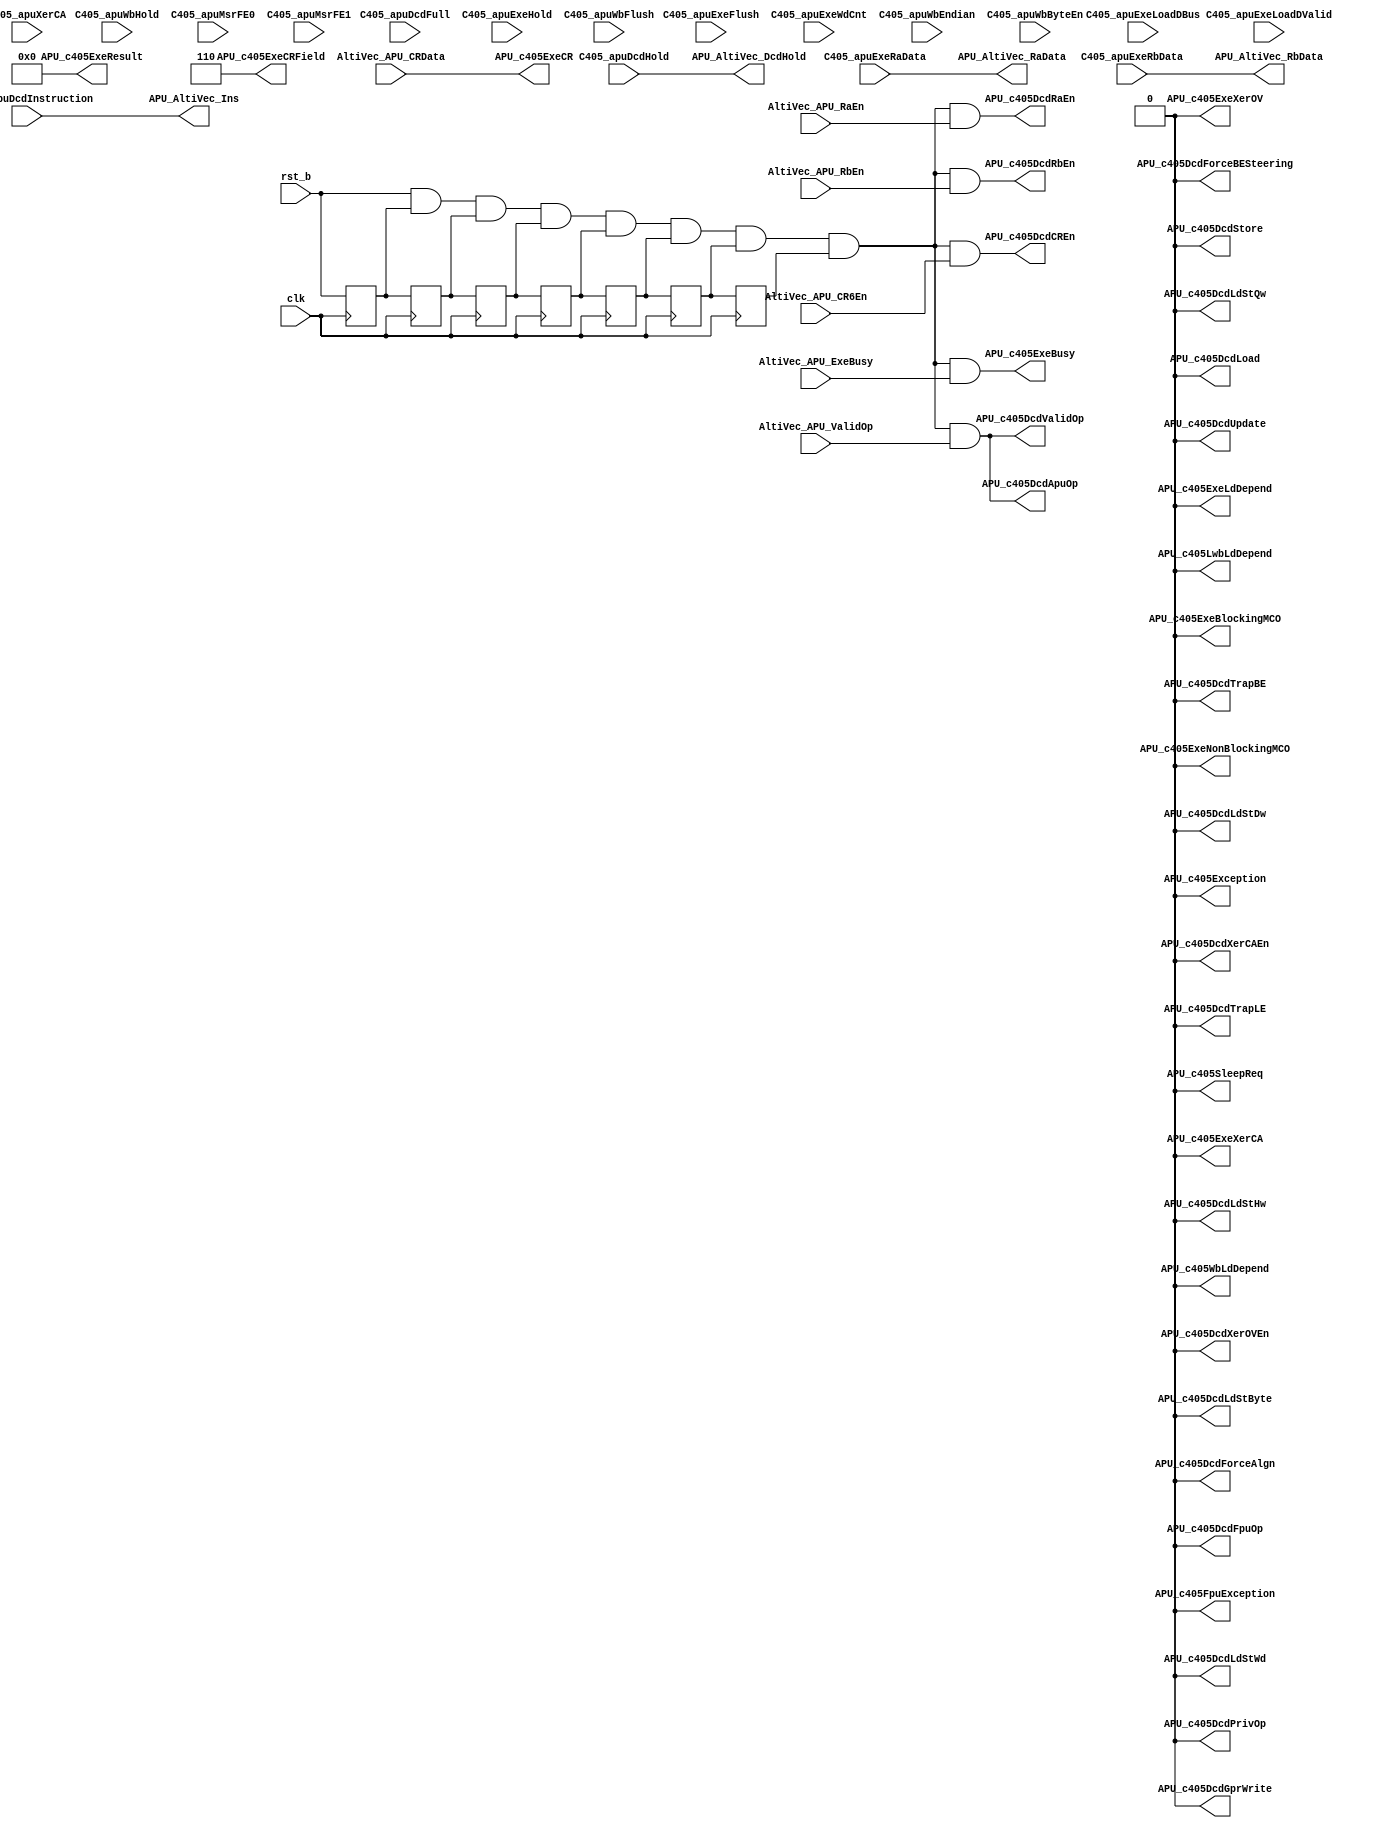
//===============================================================================
//  File Revision   : 4.0
//  History         : Rev1.0 cuiluping 2014/03/11
//                    Rev2.0 cuiluping 2014/03/26
//                    Rev3.0 cuiluping 2014/04/02
//                    Rev4.0 wangjie   2014/09/10
//  ----------------------------------------------------------------------------
//  Description     : APU controller between p405s and Altivec
//                    Rev2.0 add new signal:APU_AltiVec_DcdHold_r.
//                    Rev3.0 remove APU_AltiVec_DcdHold_r.
//  Function        :
//  ----------------------------------------------------------------------------
// Copyright (c) 2014,Tianjin University.
//               No.92 Weijin Road , Nankai District, Tianjin, 300072, China
// Tianjin University Confidential Proprietary
//===============================================================================

module p405s_apu_shell(
                 clk,
                 rst_b,
                 C405_apuDcdInstruction,
                 C405_apuDcdFull,
                 C405_apuDcdHold,
                 C405_apuExeHold,
                 C405_apuExeFlush,
                 C405_apuExeWdCnt,
                 C405_apuExeRaData,
                 C405_apuExeRbData,
                 C405_apuXerCA,
                 C405_apuWbHold,
                 C405_apuWbFlush,
                 C405_apuWbEndian,
                 C405_apuWbByteEn,
                 C405_apuExeLoadDBus,
                 C405_apuExeLoadDValid,
                 C405_apuMsrFE0,
                 C405_apuMsrFE1,
                 AltiVec_APU_ValidOp,
                 AltiVec_APU_ExeBusy,
                 AltiVec_APU_RaEn,
                 AltiVec_APU_RbEn,
                 AltiVec_APU_CR6En,
                 AltiVec_APU_CRData,

                 APU_c405DcdValidOp,
                 APU_c405DcdApuOp,
                 APU_c405DcdFpuOp,
                 APU_c405DcdPrivOp,
                 APU_c405DcdGprWrite,
                 APU_c405DcdRaEn,
                 APU_c405DcdRbEn,
                 APU_c405DcdXerOVEn,
                 APU_c405DcdXerCAEn,
                 APU_c405DcdCREn,
                 APU_c405ExeCRField,
                 APU_c405DcdForceAlgn,
                 APU_c405DcdLoad,
                 APU_c405DcdStore,
                 APU_c405DcdUpdate,
                 APU_c405DcdLdStByte,
                 APU_c405DcdLdStHw,
                 APU_c405DcdLdStWd,
                 APU_c405DcdLdStDw,
                 APU_c405DcdLdStQw,
                 APU_c405DcdTrapBE,
                 APU_c405DcdTrapLE,
                 APU_c405DcdForceBESteering,
                 APU_c405ExeLdDepend,
                 APU_c405WbLdDepend,
                 APU_c405LwbLdDepend,
                 APU_c405ExeBlockingMCO,
                 APU_c405ExeNonBlockingMCO,
                 APU_c405ExeBusy,
                 APU_c405ExeResult,
                 APU_c405ExeXerCA,
                 APU_c405ExeXerOV,
                 APU_c405ExeCR,
                 APU_c405Exception,
                 APU_c405FpuException,
                 APU_c405SleepReq,
                 // APU_AltiVec_cs,
                 APU_AltiVec_Ins,
                 APU_AltiVec_RaData,
                 APU_AltiVec_RbData,
                 APU_AltiVec_DcdHold
                 );

//----------------------------------------------------
//I/O declaration
//----------------------------------------------------
input            clk;
input            rst_b;
//----------------------------------------------------
//Interface with C405
//----------------------------------------------------
input    [0:31]  C405_apuDcdInstruction;    //Current instruction in decode
input            C405_apuDcdFull;           //Signals from Core ppc405
input            C405_apuDcdHold;           //When asserted instruction in DCD should not be execute stage 
input            C405_apuExeHold;           //When asserted an APU instruction in execute must hold in execute stage
input            C405_apuExeFlush;          //When asserted execute stage must be flushed
input    [0: 1]  C405_apuExeWdCnt;          /*The count is decremented as each word transfer is passed through the pipeline. The instruction is held in EXE until the word count goes to zero
                                            ? 00 = Word or less
                                            ? 01 = double word
                                            ? 10 = triple word
                                            ? 11 = quad word, load/store. */    
input    [0:31]  C405_apuExeRaData;         //Data read from GPR file using RA field of instruction
input    [0:31]  C405_apuExeRbData;         //Data read from GPR file using RB field of instruction
input            C405_apuXerCA;             //This is the xerCA bit used for extended arithmetic
input            C405_apuWbHold;            //When asserted an APU instruction in write back must hold in write back stage
input            C405_apuWbFlush;           //When asserted write back stage must be flushed
input            C405_apuWbEndian;          //When asserted a load/store instruction in write back has true little Endian storage attribute
input    [0: 3]  C405_apuWbByteEn;          //Specifies the valid bytes for load instruction in write back stage
input    [0:31]  C405_apuExeLoadDBus;       //Data loaded from storage for the instruction in load write back
input            C405_apuExeLoadDValid;     //When asserted, the load data is valid on C405_apuExeLoadDBus(0:31)
input            C405_apuMsrFE0;            //This is the msrFE0 bit used for FPU exception
input            C405_apuMsrFE1;            //This is the msrFE1 bit used for FPU exception
input            AltiVec_APU_ValidOp;
input            AltiVec_APU_ExeBusy;
input            AltiVec_APU_RaEn;
input            AltiVec_APU_RbEn;
input            AltiVec_APU_CR6En;
input    [0: 3]  AltiVec_APU_CRData;

output           APU_c405DcdValidOp;        //When asserted, a valid APU instruction is in decode.
output           APU_c405DcdApuOp;          //When asserted, an APU instruction is in decode.
output           APU_c405DcdFpuOp;          //When asserted, an FPU instruction is in decode.
output           APU_c405DcdPrivOp;         //When asserted, the APU instruction in decode is privileged.
output           APU_c405DcdGprWrite;       //Indicates an APU result is to be placed in the GPR file.
output           APU_c405DcdRaEn;           //When asserted, an APU instruction is in decode read GPR file using RA field of instruction.
output           APU_c405DcdRbEn;           //When asserted, an APU instruction is in decode read GPR file using RB field of instruction.
output           APU_c405DcdXerOVEn;        //Indicates overflow is to be recorded from an APU.
output           APU_c405DcdXerCAEn;        //Indicates carry is to be recorded from an APU.
output           APU_c405DcdCREn;           //Indicates condition code is to be recorded from an APU.
output   [0: 2]  APU_c405ExeCRField;        //Specifies the CR field to be set by the APU instruction in decode stage.
output           APU_c405DcdForceAlgn;      //When asserted, forces an alignment for load/store
output           APU_c405DcdLoad;           //When asserted, the APU instruction in decode is a Load
output           APU_c405DcdStore;          //When asserted, the APU instruction in decode is a Store
output           APU_c405DcdUpdate;         //When asserted, the APU instruction in decode has an update form
output           APU_c405DcdLdStByte;       //When asserted, the APU instruction in decode is Load/Store byte
output           APU_c405DcdLdStHw;         //When asserted, the APU instruction in decode is Load/Store halfword
output           APU_c405DcdLdStWd;         //When asserted, the APU instruction in decode is Load/Store Word
output           APU_c405DcdLdStDw;         //When asserted, the APU instruction in decode is Load/Store doubleword
output           APU_c405DcdLdStQw;         //When asserted, the APU instruction in decode is Load/Store quadword
output           APU_c405DcdTrapBE;         //When asserted, the APU/FPU load/store instruction in decode will take alignment exception if the storage Endian attribute is 0
output           APU_c405DcdTrapLE;         //When asserted, the APU/FPU load/store instruction in decode will take alignment exception if the storage Endian attribute is 1
output           APU_c405DcdForceBESteering;//When asserted, the APU/FPU load/store instruction in decode will force Big Endian steering
output           APU_c405ExeLdDepend;       //When asserted the APU instruction in decode has a dependency on APU load instruction in execute stage
output           APU_c405WbLdDepend;        //When asserted the APU instruction in decode has a dependency on APU load instruction in write back stage
output           APU_c405LwbLdDepend;       //When asserted the APU instruction in decode has a dependency on APU load instruction in load write back stage
output           APU_c405ExeBlockingMCO;    //When asserted, holds CPU pipe and is noninterruptible after 1st cycle
output           APU_c405ExeNonBlockingMCO; //When asserted, holds CPU pipe and is interruptible at any time
output           APU_c405ExeBusy;           //When asserted, APU is busy with an AMCO and cannot receive additional instructions
output   [0:31]  APU_c405ExeResult;         //Result or store data from APU
output           APU_c405ExeXerCA;          //Carry bit from APU/FPU to XER
output           APU_c405ExeXerOV;          //Overflow bit from APU
output   [0: 3]  APU_c405ExeCR;             //APU condition code as a result of APU instruction in execute
output           APU_c405Exception;         //When asserted, and if enabled, generates program exception (vctr 0x0700)
output           APU_c405FpuException;      //When asserted, and if enabled, generates program exception (vctr 0x0700)
output           APU_c405SleepReq;          //0 = no sleep req, 1 = sleep req. Must bea 1 for CPU to sleep
//----------------------------------------------------
//Interface with AltiVecUnit
//----------------------------------------------------
// output           APU_AltiVec_cs;
output   [0:31]  APU_AltiVec_Ins;
output   [0:31]  APU_AltiVec_RaData;
output   [0:31]  APU_AltiVec_RbData;
output           APU_AltiVec_DcdHold;

//----------------------------------------------------
//Internal signals defination
//----------------------------------------------------
wire             rst_b_w;
reg              rst_b_r0;
reg              rst_b_r1;
reg              rst_b_r2;
reg              rst_b_r3;
reg              rst_b_r4;
reg              rst_b_r5;
reg              rst_b_r6;
reg              AltiVec_APU_CR6En_r;//register AltiVec_APU_CR6En signal

// reg      [0:31]  C405_apuDcdInstruction_reg;
// reg              C405_apuDcdHold_reg;
// reg      [0:31]  C405_apuExeRaData_reg;
// reg      [0:31]  C405_apuExeRbData_reg;

// always @ ( posedge clk )
// begin
  // C405_apuDcdInstruction_reg <= C405_apuDcdInstruction;
  // C405_apuDcdHold_reg        <= C405_apuDcdHold;
  // C405_apuExeRaData_reg      <= C405_apuExeRaData;
  // C405_apuExeRbData_reg      <= C405_apuExeRbData;
// end

always @ ( posedge clk or negedge rst_b )
begin
  if ( !rst_b )
  begin
    AltiVec_APU_CR6En_r <= 1'b0;
  end
  else if ( C405_apuDcdHold )
  begin
    AltiVec_APU_CR6En_r <= 1'b0;
  end
  else
  begin
    AltiVec_APU_CR6En_r <= AltiVec_APU_CR6En;
  end
end

always @ (posedge clk )
begin
  rst_b_r0 <= rst_b;
  rst_b_r1 <= rst_b_r0;
  rst_b_r2 <= rst_b_r1;
  rst_b_r3 <= rst_b_r2;
  rst_b_r4 <= rst_b_r3;
  rst_b_r5 <= rst_b_r4;
  rst_b_r6 <= rst_b_r5;
end

assign rst_b_w = rst_b & rst_b_r0 & rst_b_r1 & rst_b_r2 & rst_b_r3 & rst_b_r4 & rst_b_r5 & rst_b_r6;
//----------------------------------------------------
// Tied Default value to APU_c405* signals
// are not used for the time being
//----------------------------------------------------
assign APU_c405DcdValidOp         = ( rst_b_w ) & AltiVec_APU_ValidOp;
assign APU_c405DcdApuOp           = ( rst_b_w ) & AltiVec_APU_ValidOp;
assign APU_c405DcdFpuOp           = 1'b0;
assign APU_c405DcdPrivOp          = 1'b0;
assign APU_c405DcdGprWrite        = 1'b0;
assign APU_c405DcdRaEn            = ( rst_b_w ) & AltiVec_APU_RaEn;
assign APU_c405DcdRbEn            = ( rst_b_w ) & AltiVec_APU_RbEn;
assign APU_c405DcdXerOVEn         = 1'b0;
assign APU_c405DcdXerCAEn         = 1'b0;
assign APU_c405DcdCREn            = ( rst_b_w ) & AltiVec_APU_CR6En;
assign APU_c405ExeCRField [0:2]   = 3'd6;//always write CR6 register
assign APU_c405DcdForceAlgn       = 1'b0;
assign APU_c405DcdLoad            = 1'b0;
assign APU_c405DcdStore           = 1'b0;
assign APU_c405DcdUpdate          = 1'b0;
assign APU_c405DcdLdStByte        = 1'b0;
assign APU_c405DcdLdStHw          = 1'b0;
assign APU_c405DcdLdStWd          = 1'b0;
assign APU_c405DcdLdStDw          = 1'b0;
assign APU_c405DcdLdStQw          = 1'b0;
assign APU_c405DcdTrapBE          = 1'b0;
assign APU_c405DcdTrapLE          = 1'b0;
assign APU_c405DcdForceBESteering = 1'b0;
assign APU_c405ExeLdDepend        = 1'b0;
assign APU_c405WbLdDepend         = 1'b0;
assign APU_c405LwbLdDepend        = 1'b0;
assign APU_c405ExeBlockingMCO     = 1'b0;
assign APU_c405ExeNonBlockingMCO  = 1'b0;
assign APU_c405ExeBusy            = ( rst_b_w ) & AltiVec_APU_ExeBusy;
assign APU_c405ExeResult [0:31]   = 32'b0;
assign APU_c405ExeXerCA           = 1'b0;
assign APU_c405ExeXerOV           = 1'b0;
assign APU_c405ExeCR [0:3]        = AltiVec_APU_CRData;
assign APU_c405Exception          = 1'b0;
assign APU_c405FpuException       = 1'b0;
assign APU_c405SleepReq           = 1'b0;
//output to AltiVec
// assign APU_AltiVec_cs             = 1'b1;
assign APU_AltiVec_Ins            = C405_apuDcdInstruction;
assign APU_AltiVec_RaData         = C405_apuExeRaData;
assign APU_AltiVec_RbData         = C405_apuExeRbData;
assign APU_AltiVec_DcdHold        = C405_apuDcdHold;

endmodule